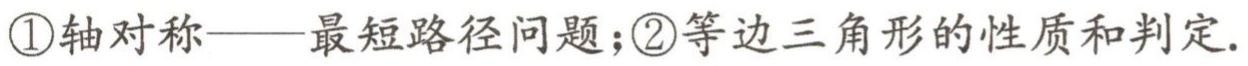
\textcircled{1}轴对称——最短路径问题；\textcircled{2}等边三角形的性质和判定.